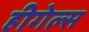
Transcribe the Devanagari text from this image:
हीगेल्स